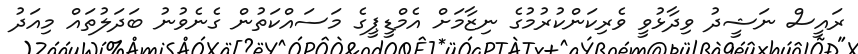
ރައީސް ނަޝީދު ވިދާޅުވީ ވެރިކަންކުރުމުގެ ނިޒާމަށް އެމްޑީޕީގެ މަސައްކަތުން ގެނެވުނު ބަދަލުތައް މިއަދު